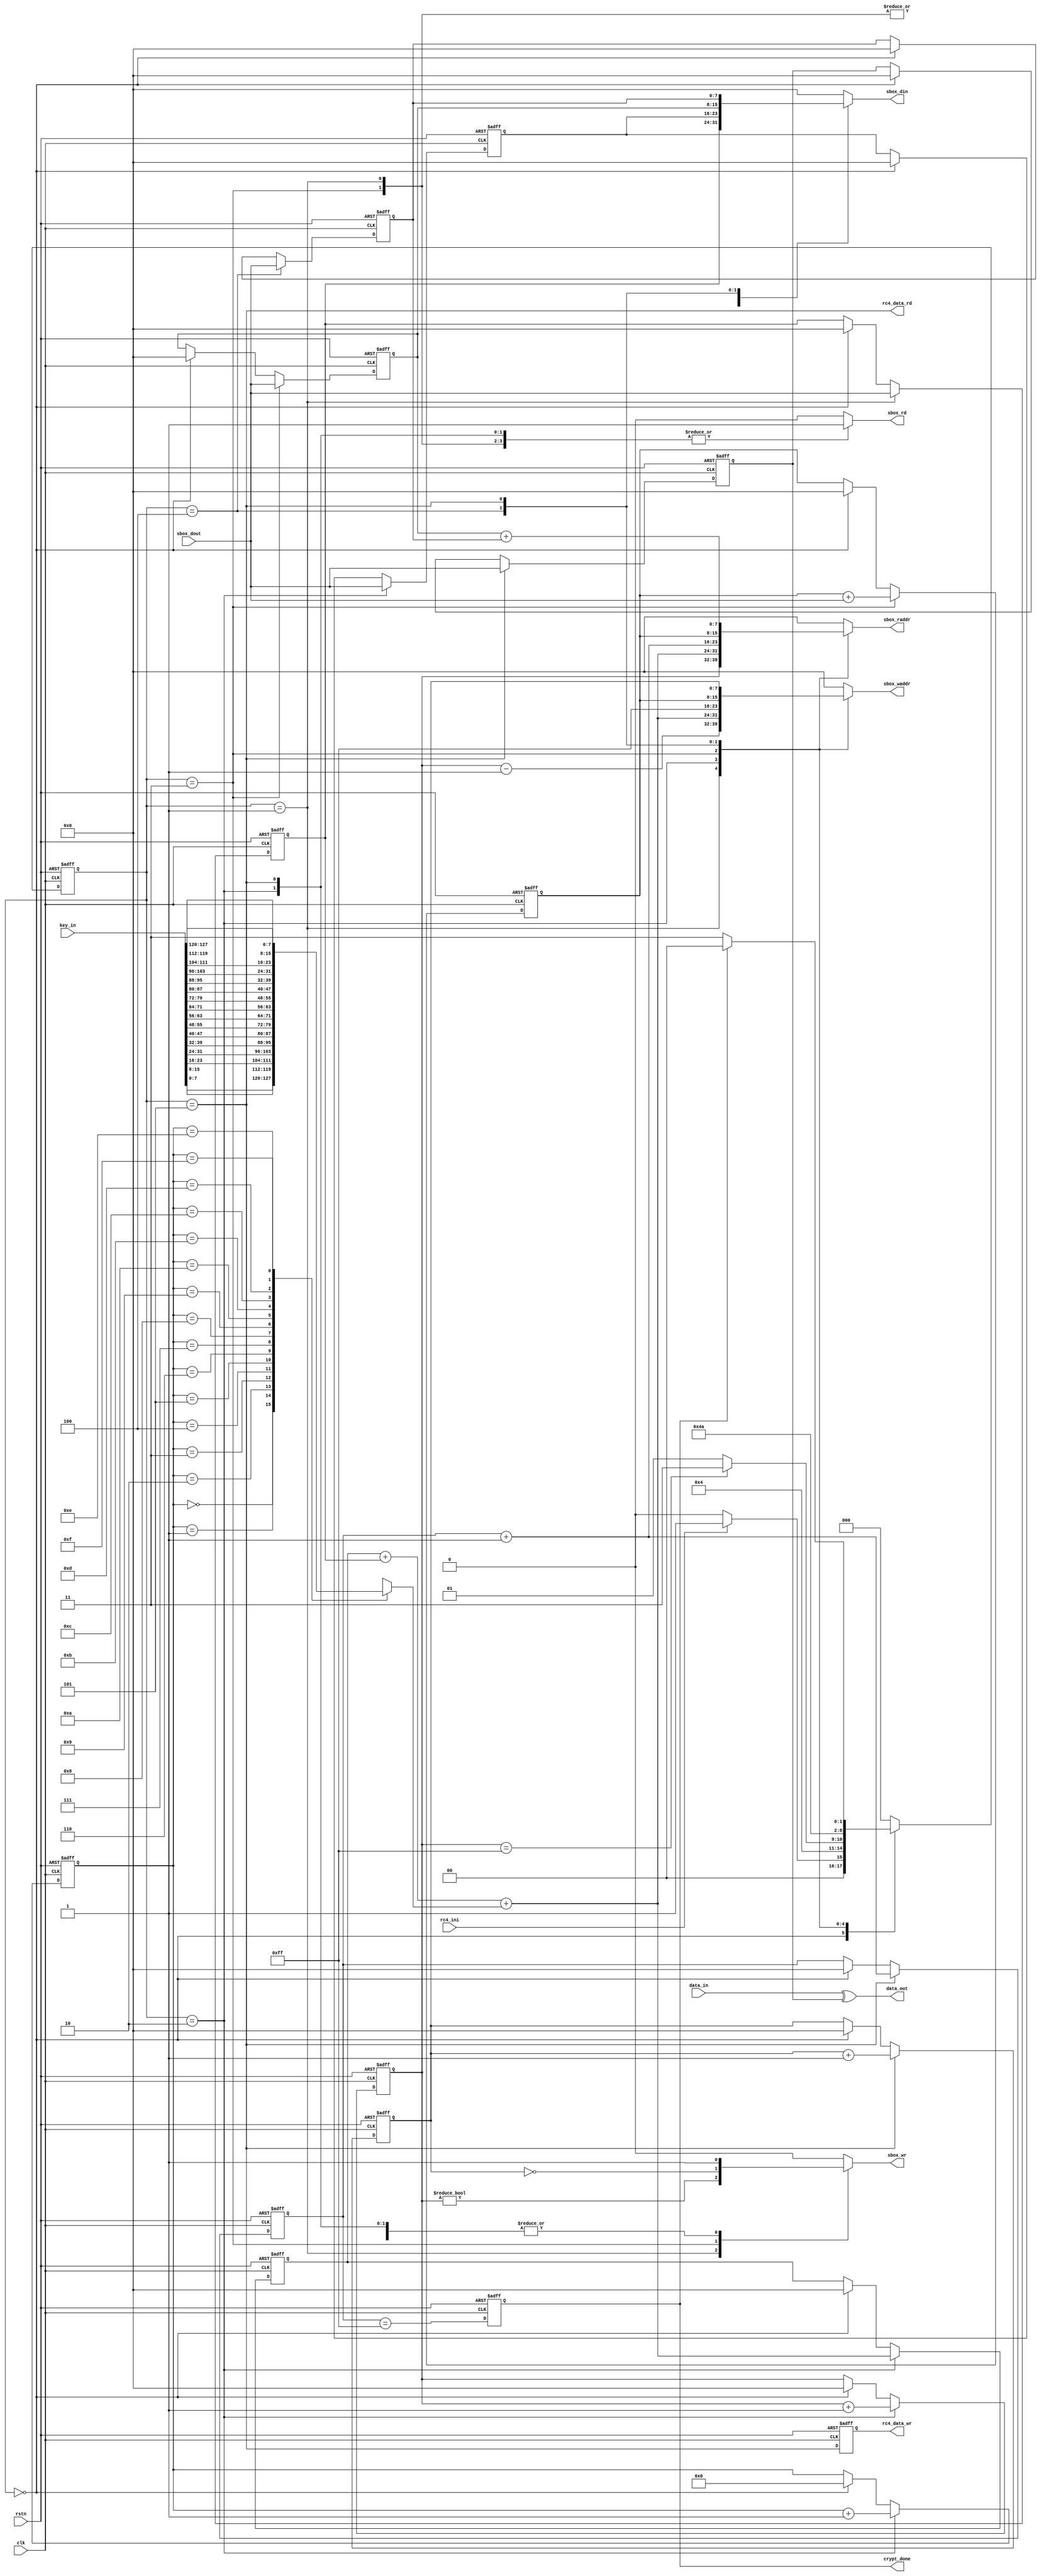
//------------------------------------------------------------------------
// verilog source code 
//------------------------------------------------------------------------
// FILE NAME :rc4_crypt
// TYPE :  module
// AUTHOR :  
// AUTHORS EMAIL : 
//------------------------------------------------------------------------
// Release history
// VERSION      Date           AUTHOR       DESCRIPTION
//   1.0      18/04/07      derek       create
//------------------------------------------------------------------------
// PURPOSE : rc4 algorithm module
//------------------------------------------------------------------------
// PARAMETERS
// PARAM NAME RANGE : DESCRIPTION : DEFAULT : VA UNITS
//
//------------------------------------------------------------------------
// REUSE ISSUES
// Reset Strategy :
// Clock Domains :
// Critical Timing :
// Test Features :
// Asynchronous I/F :
// Scan Methodology :
// Instantiations :
// Other :
//------------------------------------------------------------------------
`define data_len 8
//`define data_len 3
module rc4_crypt(
               data_out,
               crypt_done,
               rc4_data_rd,
               rc4_data_wr,   
               sbox_rd,    
               sbox_wr,    
               sbox_raddr, 
               sbox_waddr, 
               sbox_din,   
               sbox_dout,  
               rc4_ini,    
               key_in,     
               data_in,    
               clk,        
               rstn       
               );
parameter    UDLY = 1;
parameter    IDLE = 3'b0;
parameter    PHASE1 = 3'b001;
parameter    PHASE2 = 3'b010;
parameter    PHASE3 = 3'b011;
parameter    PHASE4 = 3'b100;
parameter    PHASE5 = 3'b101;
//===========================
//ports declaration
//===========================
output[7:0]   data_out;
output        crypt_done;
output        rc4_data_rd;
output        rc4_data_wr;
output        sbox_rd;
output        sbox_wr;
output[7:0]   sbox_raddr;
output[7:0]   sbox_waddr;
output[7:0]   sbox_din;
input[7:0]    sbox_dout;
input         rc4_ini;
input[127:0]  key_in;
input[7:0]    data_in;
input         clk;
input         rstn;
//===========================
//signals declaration
//===========================
wire              setup_done;
reg               crypt_done;
wire              rc4_data_rd;
reg               rc4_data_wr;
reg[7:0]          setup_cnt;
reg[`data_len-1:0] crypt_cnt;
reg[7:0]          sbox_cnt;
reg[3:0]          key_cnt;
reg[7:0]          key_byte;
wire[9:0]         tmp_j;
reg[2:0]          cur_st;
reg[2:0]          nxt_st;
reg[7:0]          i_data;
reg[7:0]          value_j;
reg[7:0]          j_data;
reg[7:0]          x_data;
reg[7:0]          value_y;
reg[7:0]          y_data;
reg[7:0]          xor_data;
reg               sbox_rd;
reg[7:0]          sbox_raddr;
reg               sbox_wr;
reg[7:0]          sbox_waddr;
reg[7:0]          sbox_din;
//===========================
//main code
//===========================
//---------------------------
//control signals
//---------------------------
assign   setup_done = setup_cnt == 8'hff;

always @ (posedge clk or negedge rstn)
   begin
      if(!rstn)
        crypt_done <= 1'b0;
      else 
        crypt_done <= #UDLY crypt_cnt == {`data_len{1'b1}};
   end	

assign   rc4_data_rd = cur_st == PHASE5;

always @ (posedge clk or negedge rstn)
   begin
      if(!rstn)
        rc4_data_wr <= 1'b0;
      else 
        rc4_data_wr <= #UDLY rc4_data_rd;
   end  
//----------------------------
// counter
//----------------------------   
always @ (posedge clk or negedge rstn)
   begin
      if(!rstn)
        setup_cnt <= 8'b0;
      else if(cur_st == PHASE2)      
        setup_cnt <= #UDLY setup_cnt + 1'b1;
      else if (cur_st == IDLE)    
        setup_cnt <= #UDLY 8'b0;
   end	
   
always @ (posedge clk or negedge rstn)
   begin
      if(!rstn)
        crypt_cnt <= {`data_len{1'b0}};
      else if(cur_st == PHASE5)      
        crypt_cnt <= #UDLY crypt_cnt + 1'b1;
      else if (cur_st == IDLE)    
        crypt_cnt <= #UDLY {`data_len{1'b0}};
   end

always @ (posedge clk or negedge rstn)
   begin
      if(!rstn)
        sbox_cnt <= 8'b0;
      else if(cur_st == PHASE5)      
        sbox_cnt <= #UDLY sbox_cnt + 1'b1;
      else if (cur_st == IDLE)    
        sbox_cnt <= #UDLY 8'b0;
   end

always @ (posedge clk or negedge rstn)
   begin
      if(!rstn)
        key_cnt <= 4'b0;
      else if(cur_st == PHASE2)      
        key_cnt <= #UDLY key_cnt + 1'b1;
      else if (cur_st == IDLE)    
        key_cnt <= #UDLY 4'b0;
   end

always @(key_cnt or key_in)
   begin
      case(key_cnt)
        4'b0000:
           key_byte = key_in[7:0];
        4'b0001:
           key_byte = key_in[15:8];
        4'b0010:
           key_byte = key_in[23:16];
        4'b0011:
           key_byte = key_in[31:24];
        4'b0100:
           key_byte = key_in[39:32];
        4'b0101:
           key_byte = key_in[47:40];
        4'b0110:
           key_byte = key_in[55:48];
        4'b0111:
           key_byte = key_in[63:56];
        4'b1000:
           key_byte = key_in[71:64];
        4'b1001:
           key_byte = key_in[79:72];
         4'b1010:
           key_byte = key_in[87:80];
        4'b1011:
           key_byte = key_in[95:88];
        4'b1100:
           key_byte = key_in[103:96];
        4'b1101:
           key_byte = key_in[111:104];
        4'b1110:
           key_byte = key_in[119:112];
        4'b1111:
           key_byte = key_in[127:120];
        default:
           key_byte = key_in[7:0]; 
       endcase                                                  
   end 
        	   
assign tmp_j[9:0] = value_j + i_data + key_byte;    
//--------------------------
// algorithm state machine
//--------------------------  
always @(cur_st or rc4_ini or setup_done or crypt_done)
   begin
       case(cur_st)
         IDLE:
            if(rc4_ini)
              nxt_st = PHASE1;
            else
              nxt_st = IDLE;  
         PHASE1:
              nxt_st = PHASE2; 
         PHASE2:
            if(setup_done)
              nxt_st = PHASE3;
            else
              nxt_st = PHASE1;   
         PHASE3:
              nxt_st = PHASE4;   
         PHASE4:
              nxt_st = PHASE5;   
         PHASE5:
            if(crypt_done)
              nxt_st = IDLE;
            else 
              nxt_st = PHASE3;   
         default:
              nxt_st = IDLE;
       endcase           
   end 
   
always @ (posedge clk or negedge rstn)
   begin
   	if(!rstn)
   	   cur_st <= 3'b0;
   	else
   	   cur_st <= #UDLY nxt_st;   
   end   
//-----------------------------
//generate sbox related signals
//-----------------------------
always @ (cur_st or setup_cnt or j_data or tmp_j or i_data or crypt_cnt or value_y or x_data or y_data or sbox_cnt)
   begin 
      case(cur_st)      
         PHASE1:
            begin
              sbox_rd = 1'b1;
              sbox_raddr = setup_cnt;
              sbox_wr = setup_cnt != 8'b0;            
              sbox_waddr = setup_cnt -1'b1;
              sbox_din = j_data;
            end      
         PHASE2:
            begin
              sbox_rd = 1'b1;
              sbox_raddr = tmp_j[7:0];
              sbox_wr = 1'b1;            
              sbox_waddr = tmp_j[7:0];
              sbox_din = i_data;
            end 
         PHASE3:
            begin
              sbox_rd = 1'b1;
              sbox_raddr = crypt_cnt + 1'b1;
              sbox_wr =  sbox_cnt == 8'b0;            
              sbox_waddr = 8'hff;
              sbox_din = j_data;
            end 
         PHASE4:
            begin
              sbox_rd = 1'b1;
              sbox_raddr = value_y;
              sbox_wr =  1'b1;           
              sbox_waddr = value_y;
              sbox_din = x_data;
            end 
         PHASE5:
            begin
              sbox_rd = 1'b1;
              sbox_raddr = x_data + y_data;
              sbox_wr = 1'b1;            
              sbox_waddr = sbox_cnt;
              sbox_din = y_data;
            end 
      default:
            begin
              sbox_rd = 1'b0;
              sbox_raddr = 8'b0;
              sbox_wr = 1'b0;            
              sbox_waddr = 8'b0;
              sbox_din = 8'b0;
            end
     endcase                   
   end	
   
always @ (posedge clk or negedge rstn)
   begin
   	if(!rstn)
   	   i_data <= 8'b0;
   	else if(cur_st == PHASE1)
   	   i_data <= #UDLY sbox_dout;
   	else if(cur_st == IDLE)
   	   i_data <= #UDLY 8'b0;     
   end

always @ (posedge clk or negedge rstn)
   begin
   	if(!rstn)
   	   value_j <= 8'b0;
   	else if(cur_st == PHASE2)
   	   value_j <= #UDLY tmp_j[7:0];
   	else if(cur_st == IDLE)
   	   value_j <= #UDLY 8'b0;     
   end

always @ (posedge clk or negedge rstn)
   begin
   	if(!rstn)
   	   j_data <= 8'b0;
   	else if(cur_st == PHASE2)
   	   j_data <= #UDLY sbox_dout;
   	else if(cur_st == IDLE)
   	   j_data <= #UDLY 8'b0;     
   end   

always @ (posedge clk or negedge rstn)
   begin
   	if(!rstn)
   	   x_data <= 8'b0;
   	else if(cur_st == PHASE3)
   	   x_data <= #UDLY sbox_dout;
   	else if(cur_st == IDLE)
   	   x_data <= #UDLY 8'b0;     
   end   

always @ (posedge clk or negedge rstn)
   begin
   	if(!rstn)
   	   value_y <= 8'b0;
   	else if(cur_st == PHASE3)
   	   value_y <= #UDLY value_y + sbox_dout;
   	else if(cur_st == IDLE)
   	   value_y <= #UDLY 8'b0;     
   end 

always @ (posedge clk or negedge rstn)
   begin
   	if(!rstn)
   	   y_data <= 8'b0;
   	else if(cur_st == PHASE4)
   	   y_data <= #UDLY sbox_dout;
   	else if(cur_st == IDLE)
   	   y_data <= #UDLY 8'b0;     
   end   

always @ (posedge clk or negedge rstn)
   begin
   	if(!rstn)
   	   xor_data <= 8'b0;
   	else if(cur_st == PHASE5)
   	   xor_data <= #UDLY sbox_dout;
   	else if(cur_st == IDLE)
   	   xor_data <= #UDLY 8'b0;     
   end   

assign data_out = data_in ^ xor_data;   
endmodule